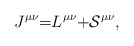
\begin{align*}J^{\mu \nu }\mathcal{=}L^{\mu \nu }\mathcal{+S}^{\mu \nu },\end{align*}